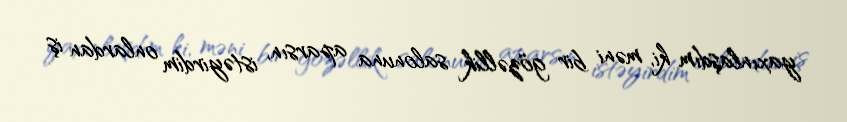
yaxınlaşdım ki, məni bir gözəllik salonuna aparsın, istəyirdim onlardan iş